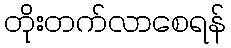
တိုးတက်လာစေရန်